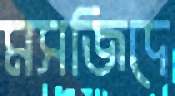
মসজিদে